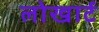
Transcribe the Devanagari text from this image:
लोखार्ट